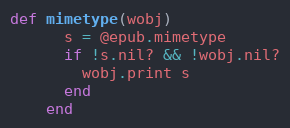
Language: Ruby
def mimetype(wobj)
      s = @epub.mimetype
      if !s.nil? && !wobj.nil?
        wobj.print s
      end
    end